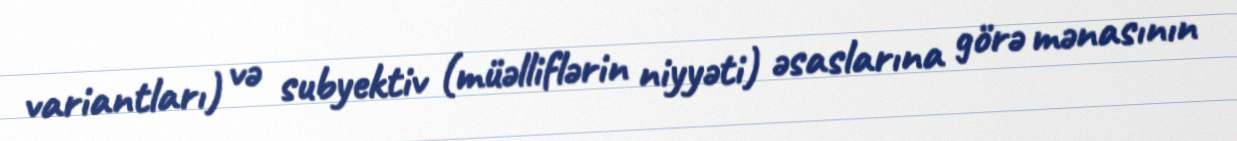
variantları) və subyektiv (müəlliflərin niyyəti) əsaslarına görə mənasının